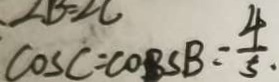
\cos C = c o B s B = \frac { 4 } { 5 }